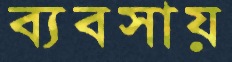
ব্যবসায়